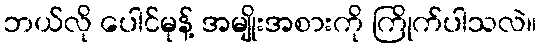
ဘယ်လို ပေါင်မုန့် အမျိုးအစားကို ကြိုက်ပါသလဲ။